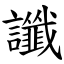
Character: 讖